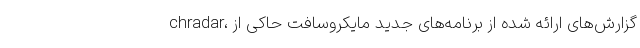
chradar، گزارش‌های ارائه شده از برنامه‌های جدید مایکروسافت حاکی از